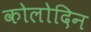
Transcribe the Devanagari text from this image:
कोलोदिन